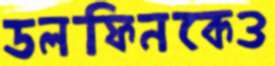
ডলফিনকেও